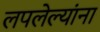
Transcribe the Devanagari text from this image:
लपलेल्‍यांना